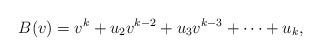
LaTeX: \begin{align*}B(v) =v^k +u_2 v^{k-2} + u_3 v^{k-3} + \cdots + u_k,\end{align*}